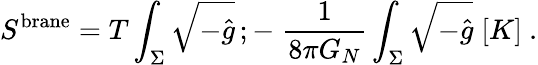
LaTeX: S^{\mathrm{brane}}=T\int_{\Sigma}\sqrt{-\hat{g}}\, ;-\; {\frac{1}{8\pi G_{N}}}\int_{\Sigma}\sqrt{-\hat{g}}\; [K]\ .